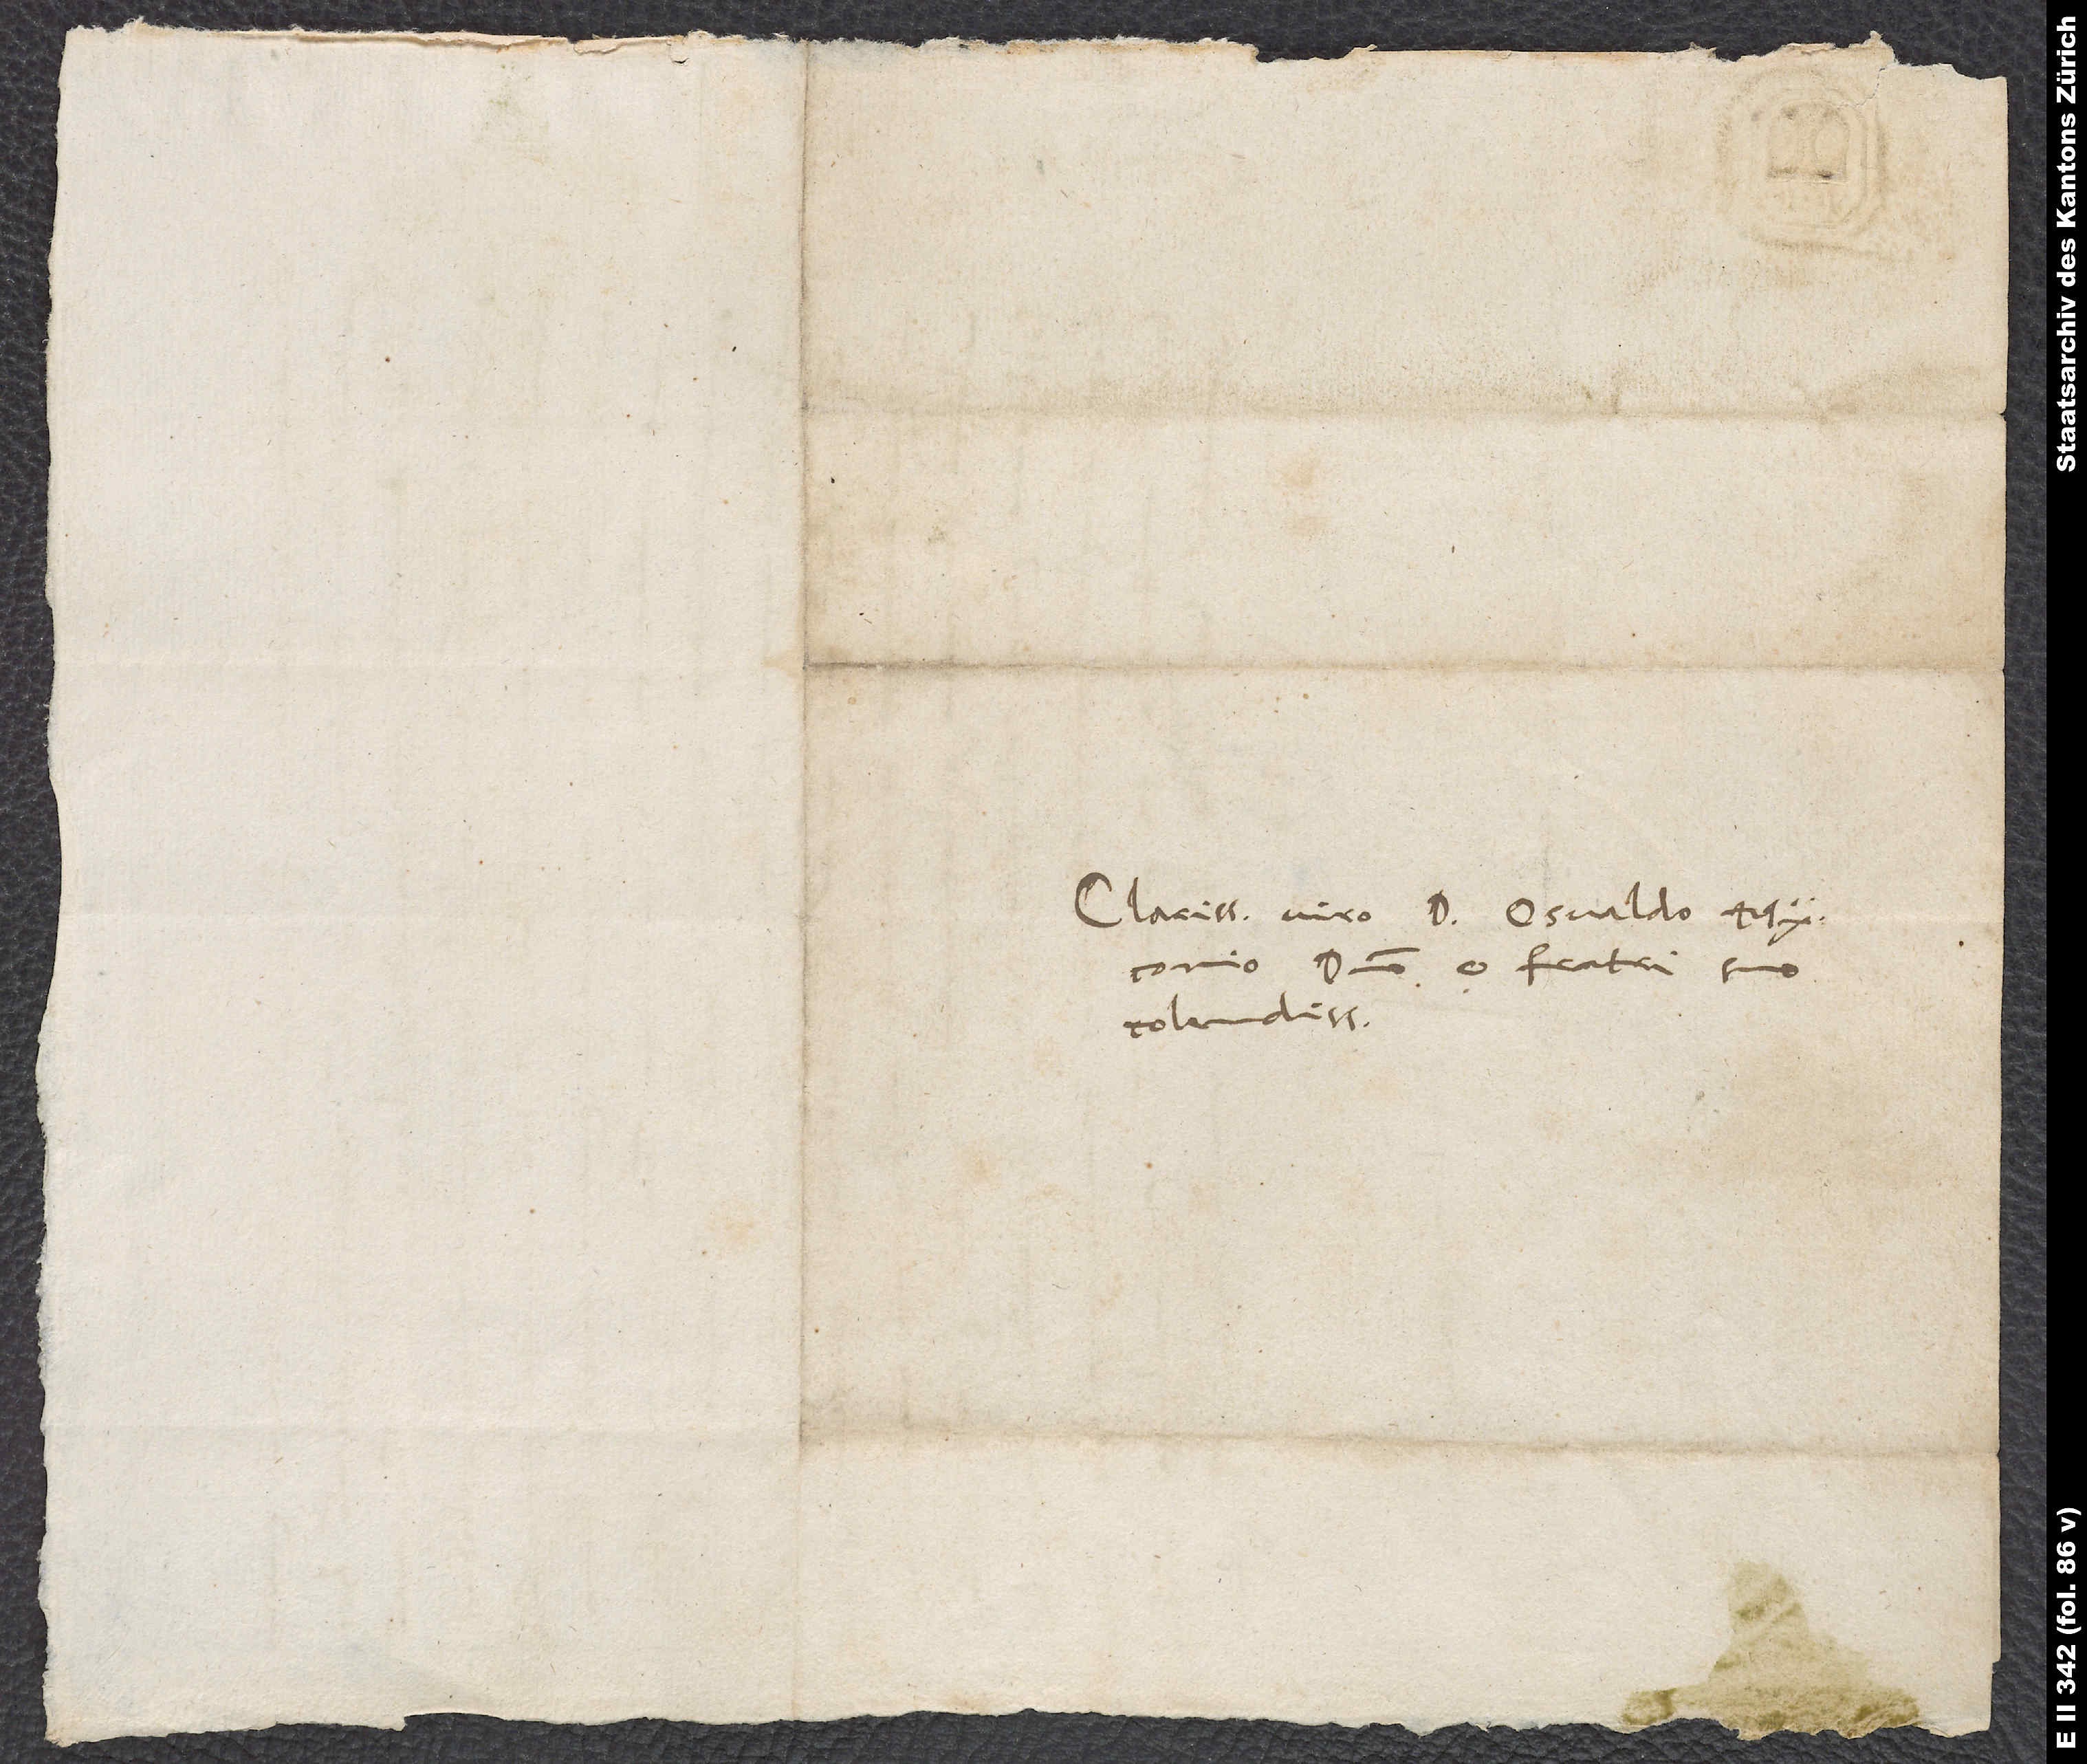
Clarissimo viro d. Osvaldo Myconio,
domino et fratri suo
colendissimo.